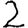
Digit: 2